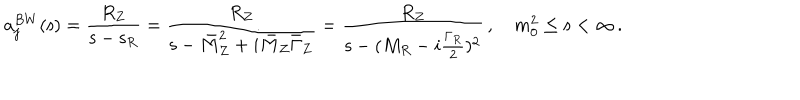
a _ { j } ^ { B W } ( { \mathsf s } ) = \frac { R _ { Z } } { { \mathsf s } - { \mathsf s } _ { R } } = \frac { R _ { Z } } { { \mathsf s } - \bar { M } _ { Z } ^ { 2 } + i \bar { M } _ { Z } \bar { \Gamma } _ { Z } } = \frac { R _ { Z } } { { \mathsf s } - ( M _ { R } - i \frac { \Gamma _ { R } } { 2 } ) ^ { 2 } } \, , \quad m _ { 0 } ^ { 2 } \leq { \mathsf s } < \infty \, .